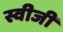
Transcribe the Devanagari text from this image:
स्वीजी